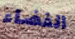
الفضاء